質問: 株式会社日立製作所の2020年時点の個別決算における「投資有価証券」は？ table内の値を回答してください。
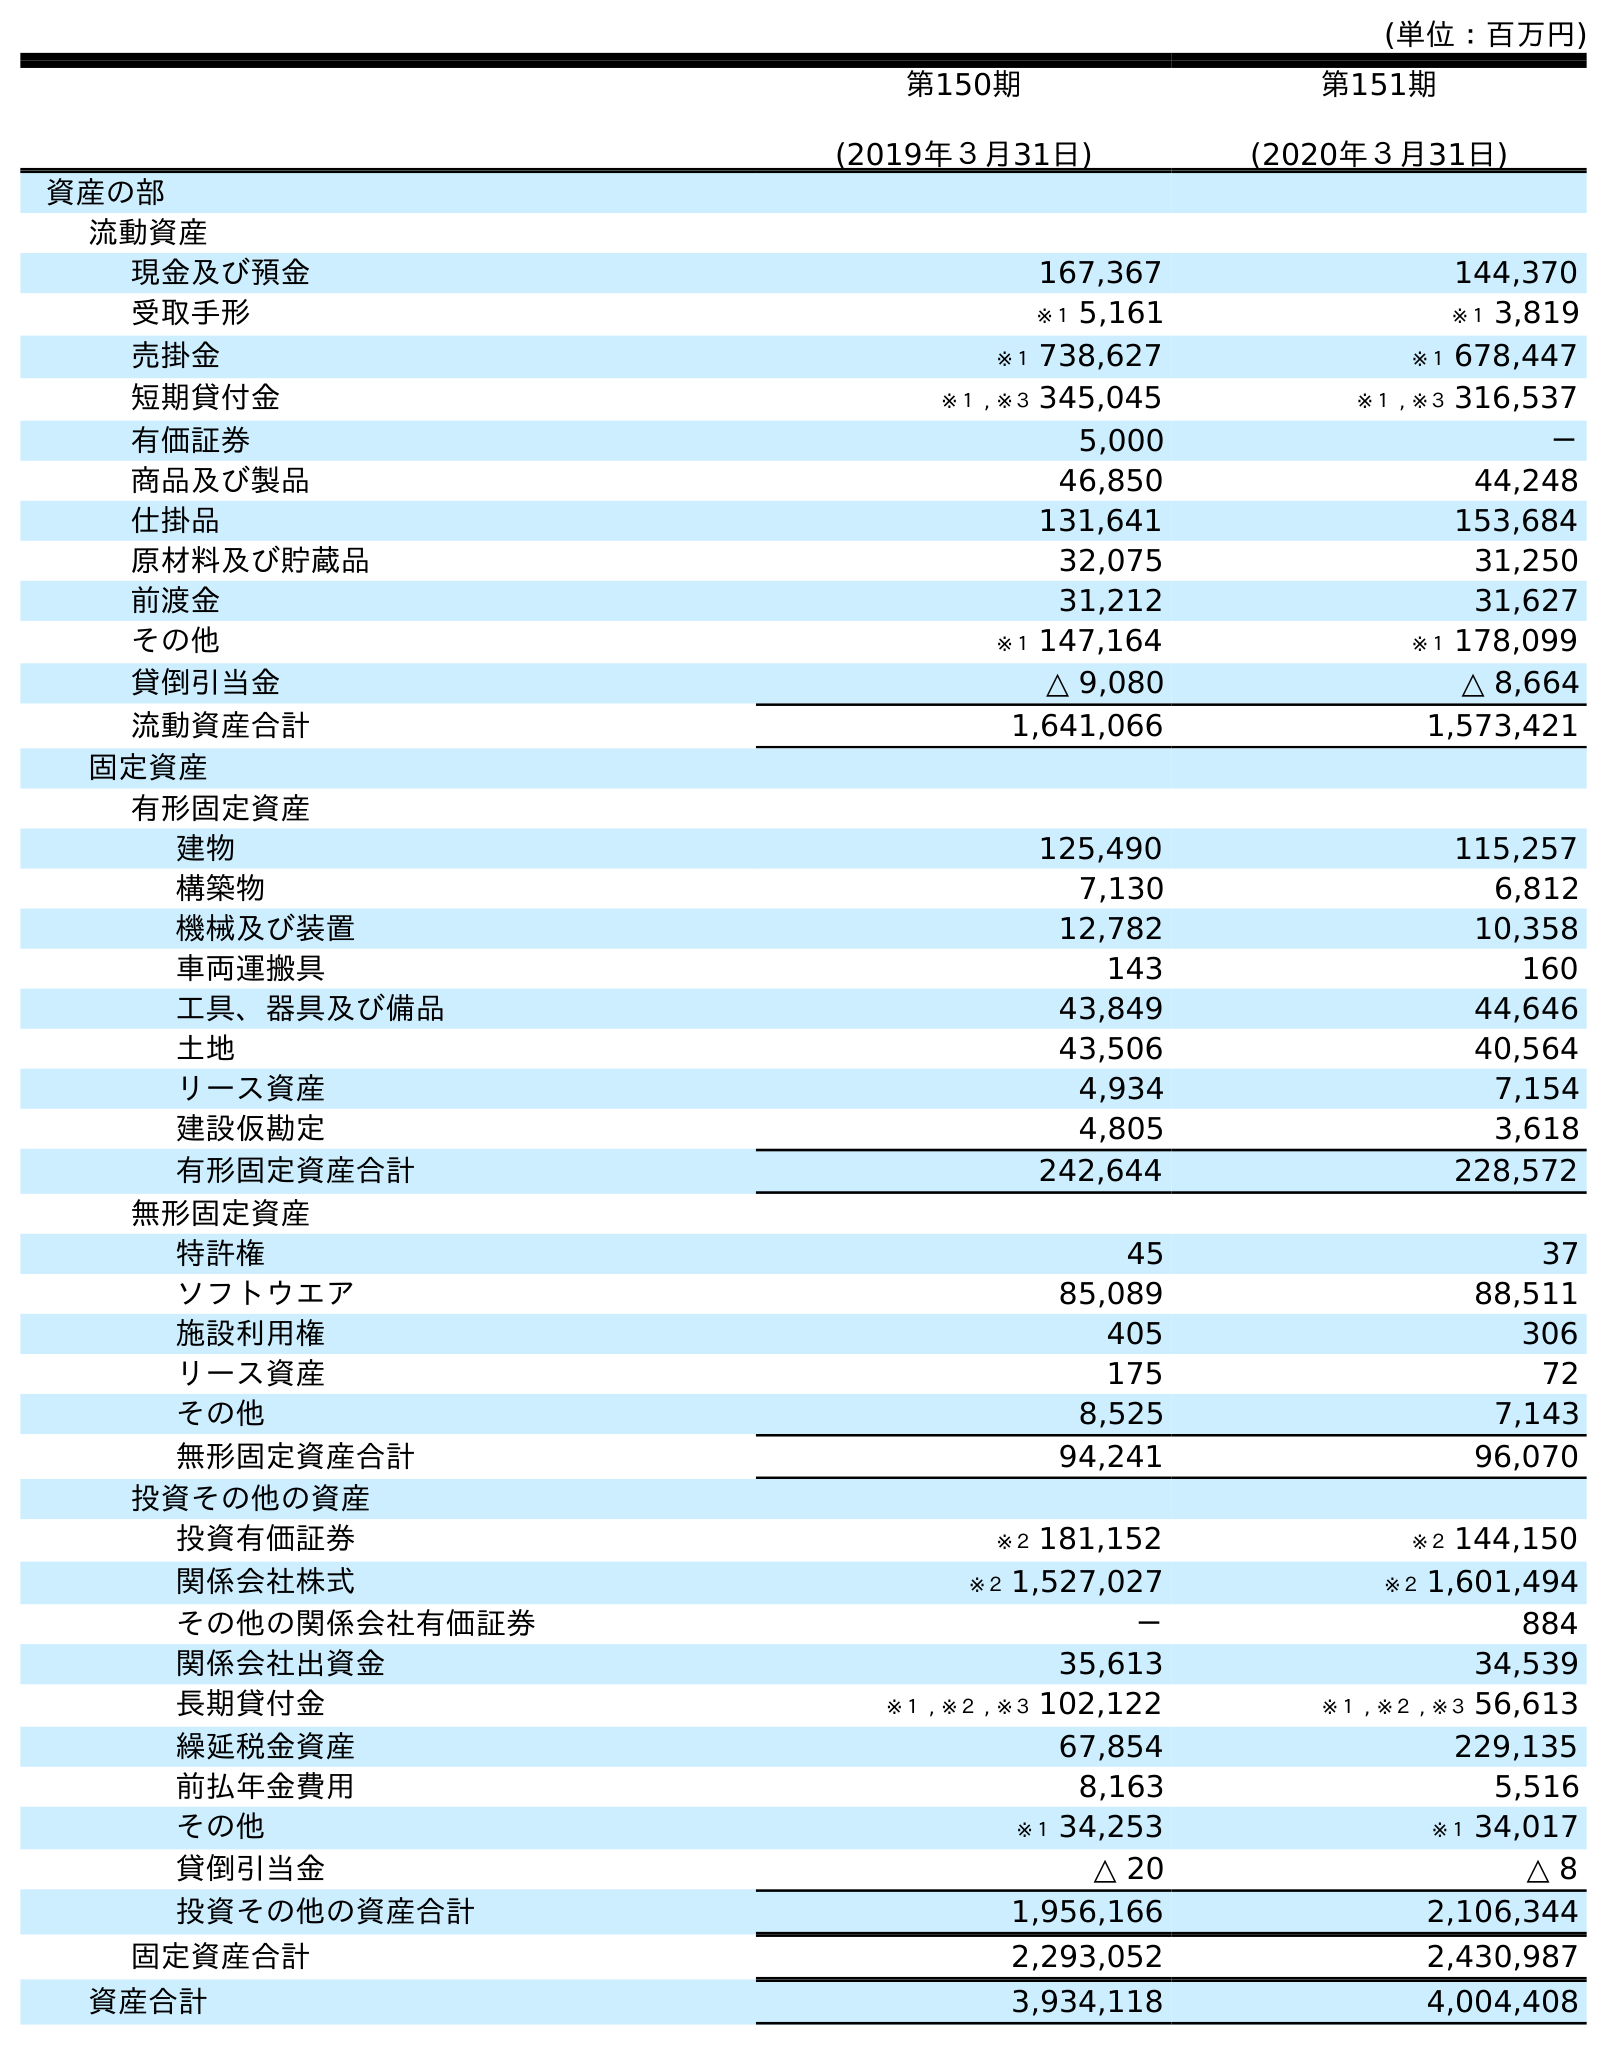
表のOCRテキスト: (単位：百万円) 第150期 (2019年３月31日) 第151期 (2020年３月31日) 資産の部 流動資産 現金及び預金 167,367 144,370 受取手形 ※１ 5,161 ※１ 3,819 売掛金 ※１ 738,627 ※１ 678,447 短期貸付金 ※１ , ※３ 345,045 ※１ , ※３ 316,537 有価証券 5,000 － 商品及び製品 46,850 44,248 仕掛品 131,641 153,684 原材料及び貯蔵品 32,075 31,250 前渡金 31,212 31,627 その他 ※１ 147,164 ※１ 178,099 貸倒引当金 △ 9,080 △ 8,664 流動資産合計 1,641,066 1,573,421 固定資産 有形固定資産 建物 125,490 115,257 構築物 7,130 6,812 機械及び装置 12,782 10,358 車両運搬具 143 160 工具、器具及び備品 43,849 44,646 土地 43,506 40,564 リース資産 4,934 7,154 建設仮勘定 4,805 3,618 有形固定資産合計 242,644 228,572 無形固定資産 特許権 45 37 ソフトウエア 85,089 88,511 施設利用権 405 306 リース資産 175 72 その他 8,525 7,143 無形固定資産合計 94,241 96,070 投資その他の資産 投資有価証券 ※２ 181,152 ※２ 144,150 関係会社株式 ※２ 1,527,027 ※２ 1,601,494 その他の関係会社有価証券 － 884 関係会社出資金 35,613 34,539 長期貸付金 ※１ , ※２ , ※３ 102,122 ※１ , ※２ , ※３ 56,613 繰延税金資産 67,854 229,135 前払年金費用 8,163 5,516 その他 ※１ 34,253 ※１ 34,017 貸倒引当金 △ 20 △ 8 投資その他の資産合計 1,956,166 2,106,344 固定資産合計 2,293,052 2,430,987 資産合計 3,934,118 4,004,408
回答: ※２144,150